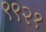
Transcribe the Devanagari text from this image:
९९२१